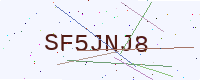
Text: SF5JNJ8